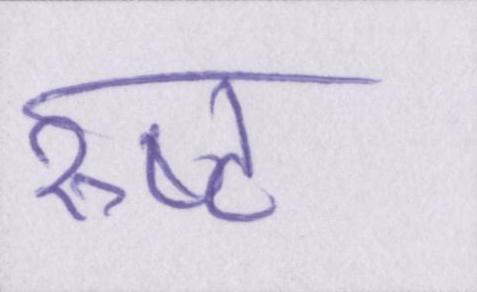
रुष्ट